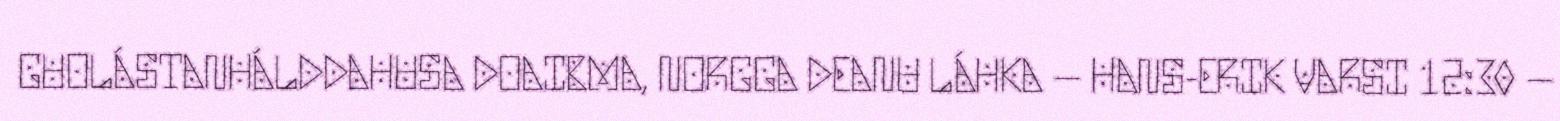
GUOLÁSTANHÁLDDAHUSA DOAIBMA, NORGGA DEANU LÁHKA – HANS-ERIK VARSI 12:30 –